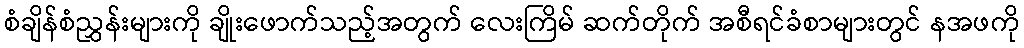
စံချိန်စံညွှန်းများကို ချိုးဖောက်သည့်အတွက် လေးကြိမ် ဆက်တိုက် အစီရင်ခံစာများတွင် နအဖကို